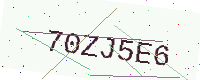
Text: 70ZJ5E6